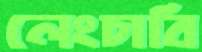
লেংচাবি